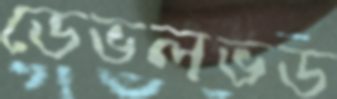
ডেভলভড